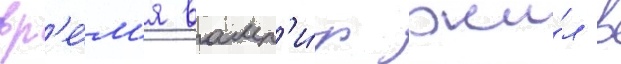
вр'е́м'я вамп'и́р жи́л в